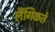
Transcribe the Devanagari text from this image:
लैंगिकते